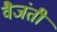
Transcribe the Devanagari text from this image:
वैजंती